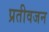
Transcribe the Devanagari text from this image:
प्रतीवजन